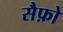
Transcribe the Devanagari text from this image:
सैफ़ो